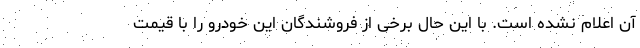
آن اعلام نشده است. با این حال برخی از فروشندگان این خودرو را با قیمت